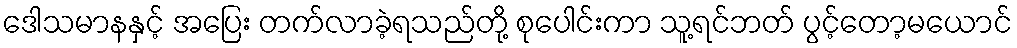
ဒေါသမာနနှင့် အပြေး တက်လာခဲ့ရသည်တို့ စုပေါင်းကာ သူ့ရင်ဘတ် ပွင့်တော့မယောင်